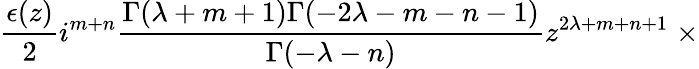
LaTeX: \frac{\epsilon(z)}{2}i^{m+n}\frac{\Gamma(\lambda+m+1)\Gamma(-2\lambda-m-n-1)}{\Gamma(-\lambda-n)}z^{2\lambda+m+n+1}\; \times